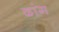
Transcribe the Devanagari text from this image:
ढांग